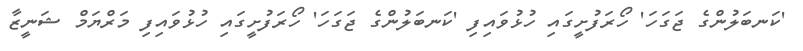
'ކަނބަލުންގެ ޖަގަހަ' ހޯރަފުށީގައި ހުޅުވައިފި 'ކަނބަލުންގެ ޖަގަހަ' ހޯރަފުށީގައި ހުޅުވައިފި މަރްޔަމް ޝަނީޒާ